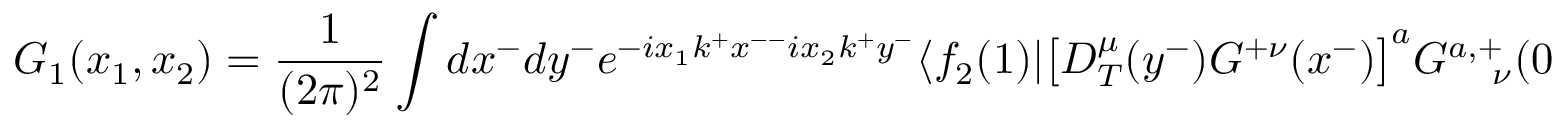
G _ { 1 } ( x _ { 1 } , x _ { 2 } ) = \frac { 1 } { ( 2 \pi ) ^ { 2 } } \int d x ^ { - } d y ^ { - } e ^ { - i x _ { 1 } k ^ { + } x ^ { -- } i x _ { 2 } k ^ { + } y ^ { - } } \langle f _ { 2 } ( 1 ) \vert \big [ D _ { T } ^ { \mu } ( y ^ { - } ) G ^ { + \nu } ( x ^ { - } ) \big ] ^ { a } G _ { \ \ \ \nu } ^ { a , + } ( 0 ) \vert 0 \rangle \omega _ { \mu } ( 1 ) .